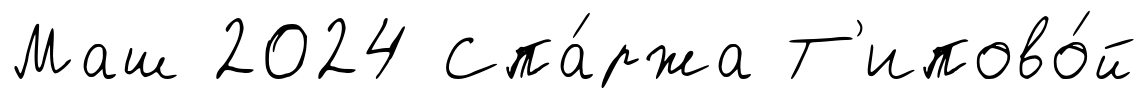
Маш 2024 Спа́ржа Т'ипово́й